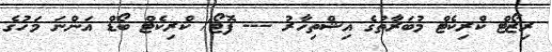
ރިޒޯޓް ކްރިކެޓް މުބަރާތުގެ އިޝްތިހާރު --- ފޮޓޯ/ ކްރިކެޓް ބޯޑް އަންނަ މަހުގެ